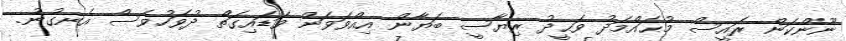
ނޫންކަން ރައީސް މުޙައްމަދު ވަޙީދު ރިޔާސީ ބަޔާން އިއްވަވަން ވަޑައިގަތް ދުވަހުވެސް އެނގުނު.